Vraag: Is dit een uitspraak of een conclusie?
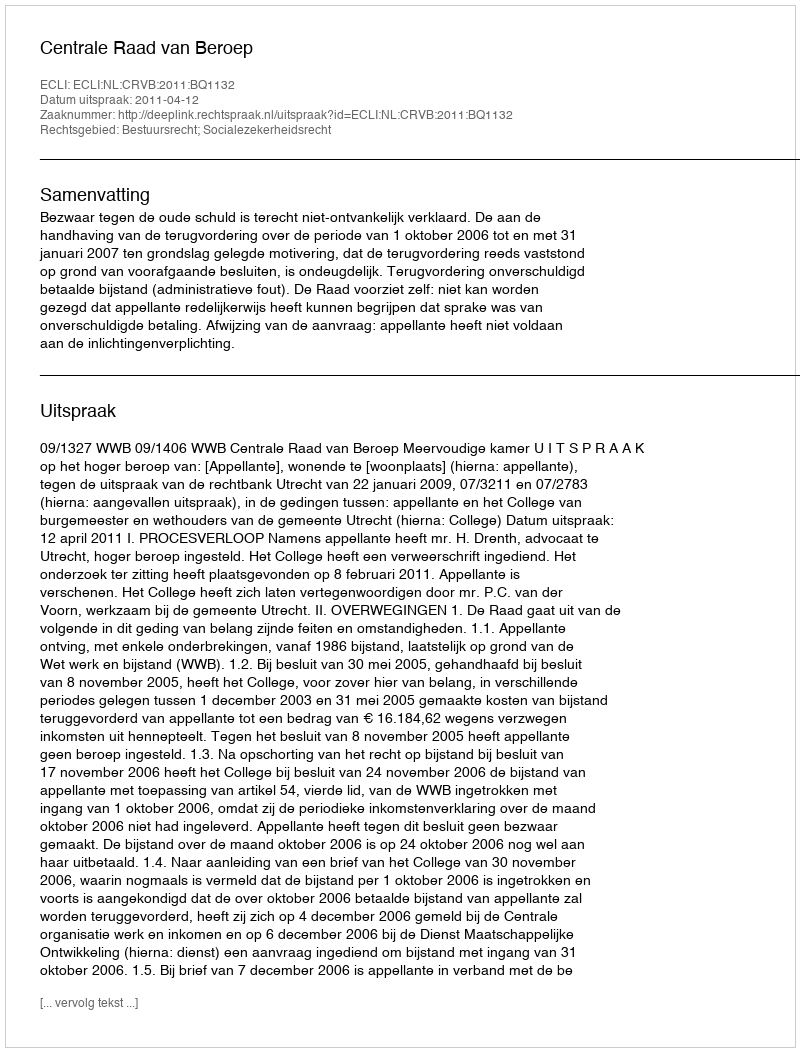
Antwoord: Uitspraak